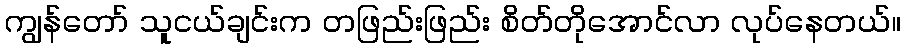
ကျွန်တော် သူငယ်ချင်းက တဖြည်းဖြည်း စိတ်တိုအောင်လာ လုပ်နေတယ်။